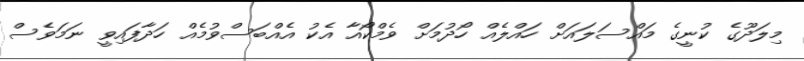
މިލަދޫގެ ކުނީގެ މައްސަލައަށް ހައްލެއް ހޯދުމަށް ވެމްކޯއާ އެކު އެއްބަސްވުމެއް ހަދާފައިވީ ނަމަވެސް